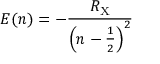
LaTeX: E ( n ) = - { \frac { R _ { \mathrm { X } } } { \left( n - { \frac { 1 } { 2 } } \right) ^ { 2 } } }